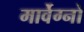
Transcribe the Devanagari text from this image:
मार्वेग्नो